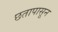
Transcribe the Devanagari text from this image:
छतापासून